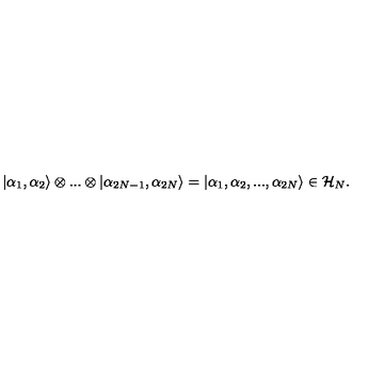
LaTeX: \left| \alpha _ { 1 } , \alpha _ { 2 } \right\rangle \otimes . . . \otimes \left| \alpha _ { 2 N - 1 } , \alpha _ { 2 N } \right\rangle = \left| \alpha _ { 1 } , \alpha _ { 2 } , . . . , \alpha _ { 2 N } \right\rangle \in { \cal H } _ { N } .